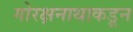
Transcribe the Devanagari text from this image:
गोरक्षनाथाकडून